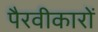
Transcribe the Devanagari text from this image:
पैरवीकारों